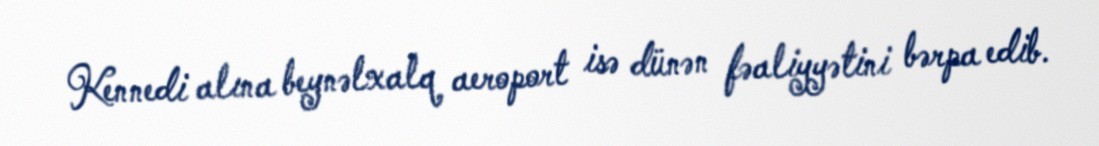
Kennedi alına beynəlxalq aeroport isə dünən fəaliyyətini bərpa edib.